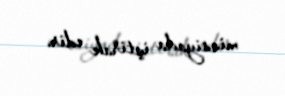
missiyada iştirak edir.